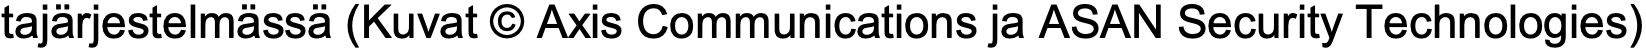
tajärjestelmässä (Kuvat © Axis Communications ja ASAN Security Technologies)